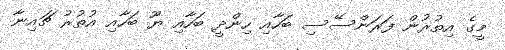
މީގެ އިތުރުން ފަރަންސޭސި ބަހާއި ހިންދީ ބަހާއި ޔޫ ބަހާއި އުތުރު ޗައިނާ